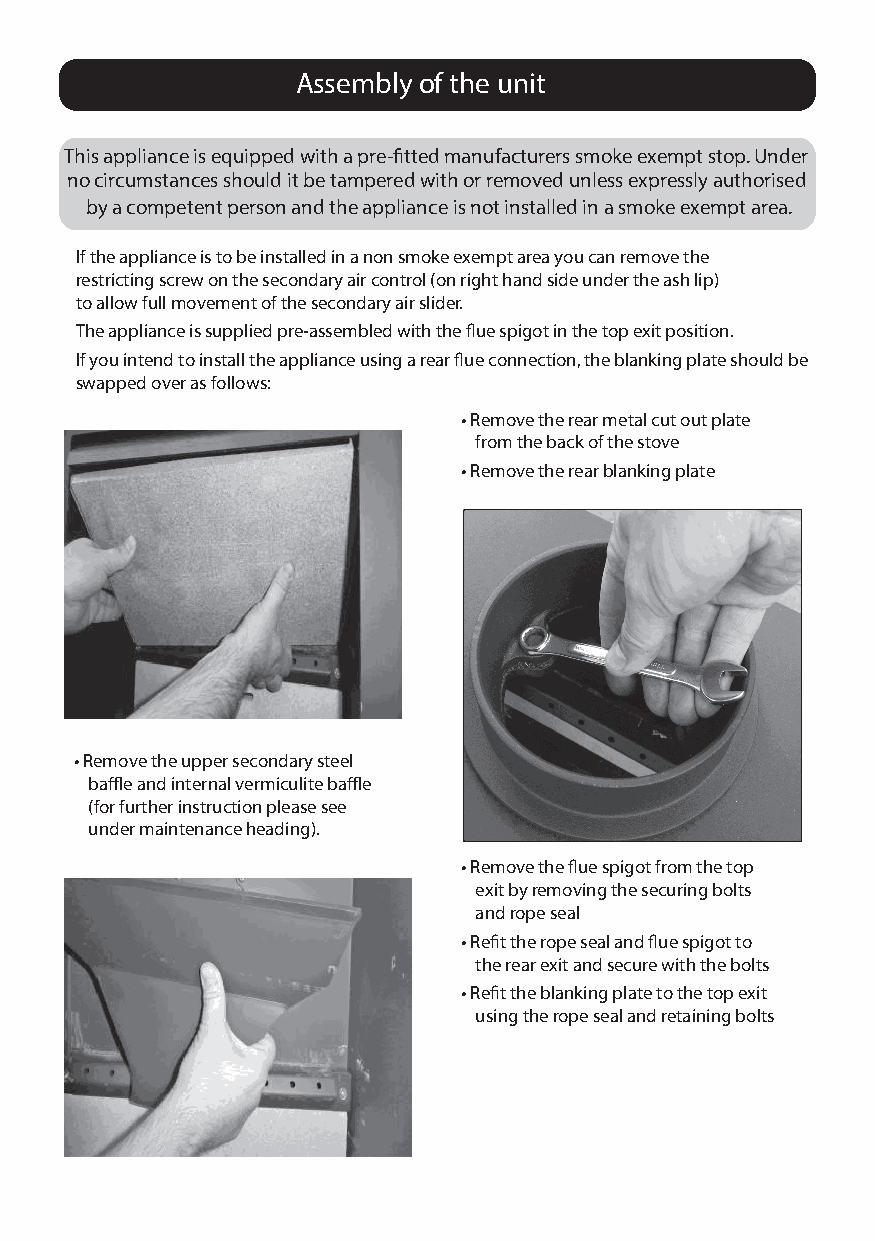
Assembly of the unit
 This appliance is equipped with a pre-fitted manufacturers smoke exempt stop. Under
 no circumstances should it be tampered with or removed unless expressly authorised
 by a competent person and the appliance is not installed in a smoke exempt area.
 If the appliance is to be installed in a non smoke exempt area you can remove the
 restricting screw on the secondary air control (on right hand side under the ash lip)
 to allow full movement of the secondary air slider.
 The appliance is supplied pre-assembled with the flue spigot in the top exit position.
 If you intend to install the appliance using a rear flue connection, the blanking plate should be
 swapped over as follows:
 • Remove the rear metal cut out plate
 from the back of the stove
 • Remove the rear blanking plate
 • Remove the upper secondary steel
 baffle and internal vermiculite baffle
 (for further instruction please see
 under maintenance heading).
 • Remove the flue spigot from the top
 exit by removing the securing bolts
 and rope seal
 • Refit the rope seal and flue spigot to
 the rear exit and secure with the bolts
 • Refit the blanking plate to the top exit
 using the rope seal and retaining bolts